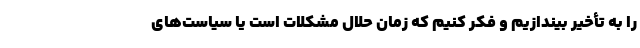
را به تأخیر بیندازیم و فکر کنیم که زمان حلال مشکلات است یا سیاست‌های